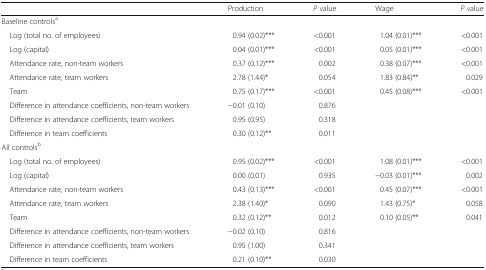
<table><thead><tr><td></td><td><b>Production</b></td><td><b><i>P</i> value</b></td><td><b>Wage</b></td><td><b><i>P</i> value</b></td></tr></thead><tbody><tr><td colspan="5">Baseline controls<sup>a</sup></td></tr><tr><td> Log (total no. of employees)</td><td>0.94 (0.02)***</td><td>&lt;0.001</td><td>1.04 (0.01)***</td><td>&lt;0.001</td></tr><tr><td> Log (capital)</td><td>0.04 (0.01)***</td><td>&lt;0.001</td><td>0.05 (0.01)***</td><td>&lt;0.001</td></tr><tr><td> Attendance rate, non-team workers</td><td>0.37 (0.12)***</td><td>0.002</td><td>0.38 (0.07)***</td><td>&lt;0.001</td></tr><tr><td> Attendance rate, team workers</td><td>2.78 (1.44)*</td><td>0.054</td><td>1.83 (0.84)**</td><td>0.029</td></tr><tr><td> Team</td><td>0.75 (0.17)***</td><td>&lt;0.001</td><td>0.45 (0.08)***</td><td>&lt;0.001</td></tr><tr><td> Difference in attendance coefficients, non-team workers</td><td>−0.01 (0.10)</td><td>0.876</td><td></td><td></td></tr><tr><td> Difference in attendance coefficients, team workers</td><td>0.95 (0.95)</td><td>0.318</td><td></td><td></td></tr><tr><td> Difference in team coefficients</td><td>0.30 (0.12)**</td><td>0.011</td><td></td><td></td></tr><tr><td colspan="5">All controls<sup>b</sup></td></tr><tr><td> Log (total no. of employees)</td><td>0.95 (0.02)***</td><td>&lt;0.001</td><td>1.08 (0.01)***</td><td>&lt;0.001</td></tr><tr><td> Log (capital)</td><td>0.00 (0.01)</td><td>0.935</td><td>−0.03 (0.01)***</td><td>0.002</td></tr><tr><td> Attendance rate, non-team workers</td><td>0.43 (0.13)***</td><td>&lt;0.001</td><td>0.45 (0.07)***</td><td>&lt;0.001</td></tr><tr><td> Attendance rate, team workers</td><td>2.38 (1.40)*</td><td>0.090</td><td>1.43 (0.75)*</td><td>0.058</td></tr><tr><td> Team</td><td>0.32 (0.12)**</td><td>0.012</td><td>0.10 (0.05)**</td><td>0.041</td></tr><tr><td> Difference in attendance coefficients, non-team workers</td><td>−0.02 (0.10)</td><td>0.816</td><td></td><td></td></tr><tr><td> Difference in attendance coefficients, team workers</td><td>0.95 (1.00)</td><td>0.341</td><td></td><td></td></tr><tr><td> Difference in team coefficients</td><td>0.21 (0.10)**</td><td>0.030</td><td></td><td></td></tr></tbody></table>